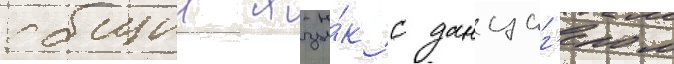
общии язы́к с данциг'ером